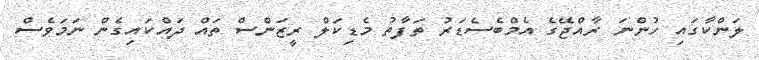
ލަންކާގައި ހުންނަ ރާއްޖޭގެ އެމްބެސެޑަރު ތަފާތު މެޑިކަލް ރީޒަންސް ތައް ދައްކައިގެން ނަމަވެސް